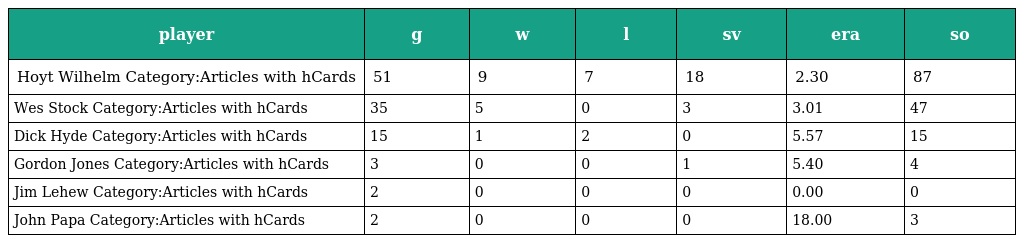
| player | g | w | l | sv | era | so |
 | --- | --- | --- | --- | --- | --- | --- |
 | Hoyt Wilhelm Category:Articles with hCards | 51 | 9 | 7 | 18 | 2.30 | 87 |
 | Wes Stock Category:Articles with hCards | 35 | 5 | 0 | 3 | 3.01 | 47 |
 | Dick Hyde Category:Articles with hCards | 15 | 1 | 2 | 0 | 5.57 | 15 |
 | Gordon Jones Category:Articles with hCards | 3 | 0 | 0 | 1 | 5.40 | 4 |
 | Jim Lehew Category:Articles with hCards | 2 | 0 | 0 | 0 | 0.00 | 0 |
 | John Papa Category:Articles with hCards | 2 | 0 | 0 | 0 | 18.00 | 3 |